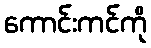
ကောင်းကင်ကို